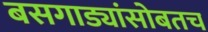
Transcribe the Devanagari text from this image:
बसगाड्यांसोबतच